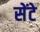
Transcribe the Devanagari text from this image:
सेंटे